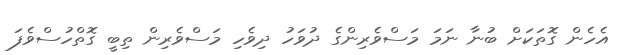
އެހެން ގޮތަކަށް ބުނާ ނަމަ މަސްވެރިންގެ ދުވަހު ދިވެހި މަސްވެރިން ތިބީ ގޮތްހުސްވެފަ